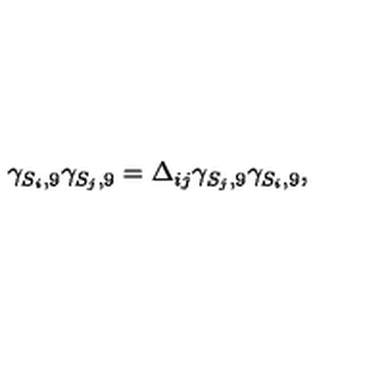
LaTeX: \gamma _ { S _ { i } , 9 } \gamma _ { S _ { j } , 9 } = \Delta _ { i j } \gamma _ { S _ { j } , 9 } \gamma _ { S _ { i } , 9 } ,